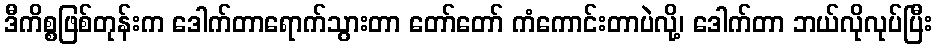
ဒီကိစ္စဖြစ်တုန်းက ဒေါက်တာရောက်သွားတာ တော်တော် ကံကောင်းတာပဲလို့၊ ဒေါက်တာ ဘယ်လိုလုပ်ပြီး